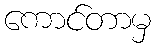
ကောင်တာမှ